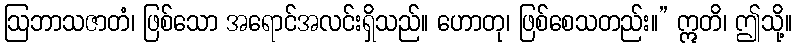
ဩဘာသဇာတံ၊ ဖြစ်သော အရောင်အလင်းရှိသည်။ ဟောတု၊ ဖြစ်စေသတည်း။” ဣတိ၊ ဤသို့။